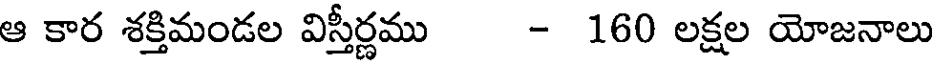
ఆ కార శక్తిమండల విస్తీర్ణము - 160 లక్షల యోజనాలు